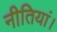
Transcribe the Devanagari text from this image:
नीतियां।